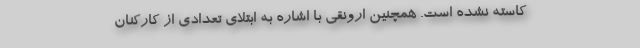
کاسته نشده است. همچنین ارونقی با اشاره به ابتلای تعدادی از کارکنان